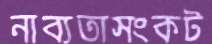
নাব্যতাসংকট